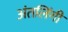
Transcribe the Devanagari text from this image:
अंतलिंगी